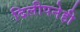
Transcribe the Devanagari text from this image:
दिलीपनेही